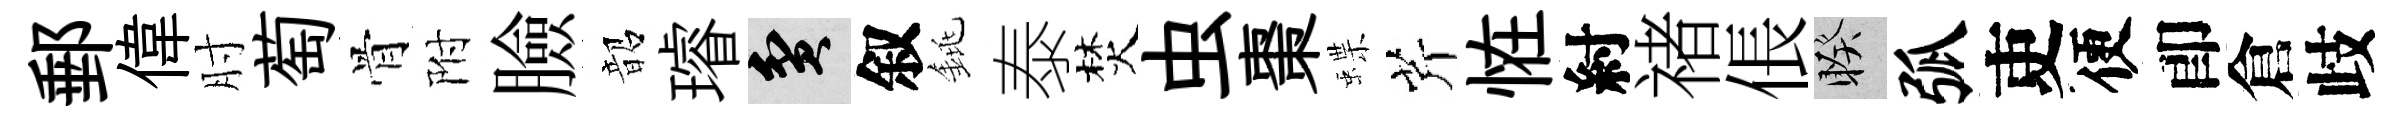
郵偉肘萄骨附臉韶璿貧叙銚泰焚虫棗蝶芹恠紂禇倀睽弧吏便卽倉歧